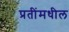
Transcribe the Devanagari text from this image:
प्रतींमधील